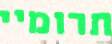
תרומיי